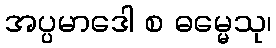
အပ္ပမာဒေါ စ ဓမ္မေသု၊